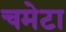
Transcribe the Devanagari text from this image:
चमेटा